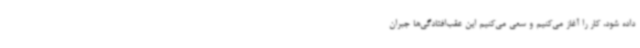
داده شود، کار را آغاز می‌کنیم و سعی می‌کنیم این عقب‌افتادگی‌ها جبران